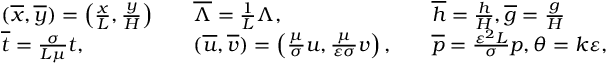
\begin{array} { r l r l r l } & { ( \overline { { x } } , \overline { { y } } ) = \left( \frac { x } { L } , \frac { y } { H } \right) } & & { \overline { { \Lambda } } = \frac { 1 } { L } \Lambda , } & & { \overline { { h } } = \frac { h } { H } , \overline { { g } } = \frac { g } { H } } \\ & { \overline { { t } } = \frac { \sigma } { L \mu } t , } & & { ( \overline { { u } } , \overline { { v } } ) = \left( \frac { \mu } { \sigma } u , \frac { \mu } { \varepsilon \sigma } v \right) , } & & { \overline { { p } } = \frac { \varepsilon ^ { 2 } L } { \sigma } p , \theta = k \varepsilon , } \end{array}